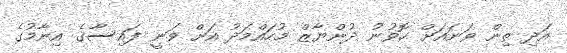
އަދި ތިން ވަނައަށް ހޮވުނު ދުންޔާޒް މުހައްމަދު އަށް ވަނީ ފައިސާގެ އިނާމުގެ